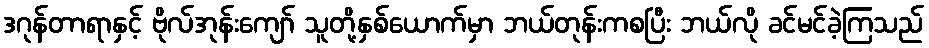
ဒဂုန်တာရာနှင့် ဗိုလ်အုန်းကျော် သူတို့နှစ်ယောက်မှာ ဘယ်တုန်းကစပြီး ဘယ်လို ခင်မင်ခဲ့ကြသည်